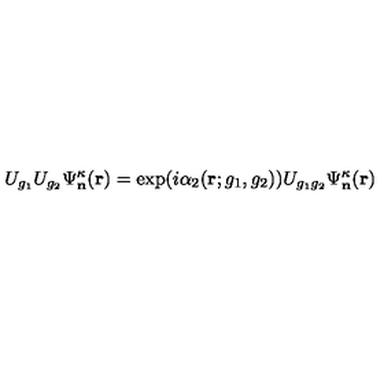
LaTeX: U _ { g _ { 1 } } U _ { g _ { 2 } } \Psi _ { \mathbf n } ^ { \kappa } ( \mathbf r ) = \exp ( i \alpha _ { 2 } ( \mathbf r ; g _ { 1 } , g _ { 2 } ) ) U _ { g _ { 1 } g _ { 2 } } \Psi _ { \mathbf n } ^ { \kappa } ( \mathbf r )